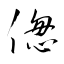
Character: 偬